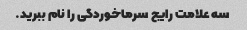
سه علامت رایج سرماخوردگی را نام ببرید.